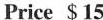
Price $15